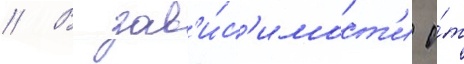
// В зав'и́с'имост'и о́т